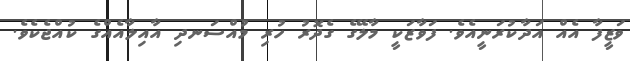
ވަޒީފާ އެއް އަދާކުރަނީއެވެ. ފަވާޒަކީ މާލޭގެ ގެދޮރު ހުރި މުއްސަނދި އާއިލާއެއްގެ ކުއްޖެކެވެ.